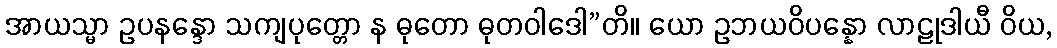
အာယသ္မာ ဥပနန္ဒော သကျပုတ္တော န ဓုတော ဓုတဝါဒေါ”တိ။ ယော ဥဘယဝိပန္နော လာဠုဒါယီ ဝိယ,